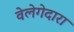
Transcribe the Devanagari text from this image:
वेलेगेदारा